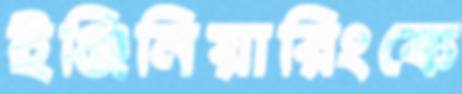
ইঞ্জিনিয়ারিংকে